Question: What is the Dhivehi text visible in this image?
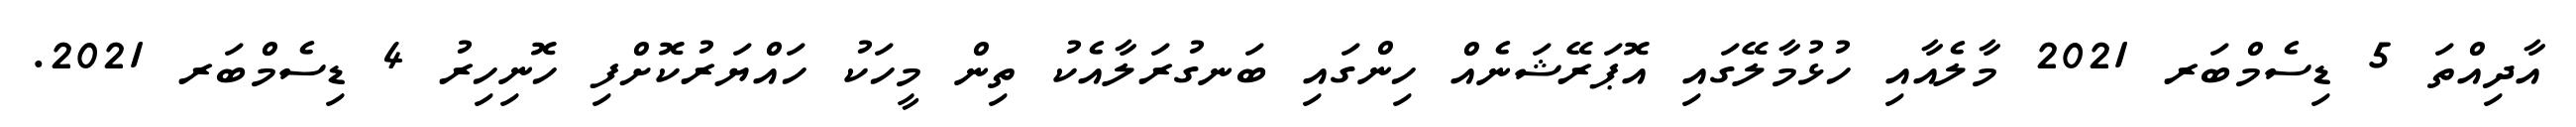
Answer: އާދިއްތަ 5 ޑިސެމްބަރ 2021 މާލެއާއި ހުޅުމާލޭގައި އޮޕަރޭޝަނެއް ހިންގައި ބަނގުރަލާއެކު ތިން މީހަކު ހައްޔަރުކޮށްފި ހޮނިހިރު 4 ޑިސެމްބަރ 2021.